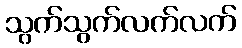
သွက်သွက်လက်လက်